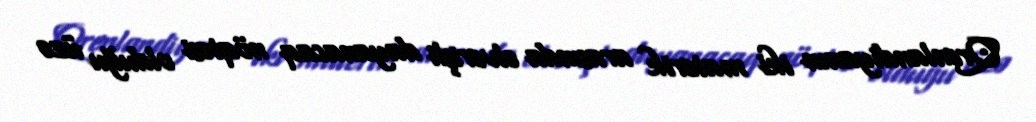
Qrenlandiyanın iki materik arasında əlverişli dayanacaq nöqtəsi olduğu üzə